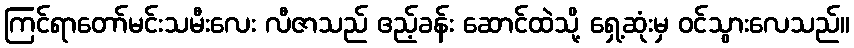
ကြင်ရာတော်မင်းသမီးလေး လီဇာသည် ဧည့်ခန်း ဆောင်ထဲသို့ ရှေ့ဆုံးမှ ဝင်သွားလေသည်။